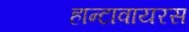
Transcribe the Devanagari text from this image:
हान्टावायरस